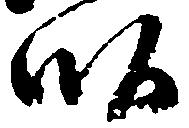
畝